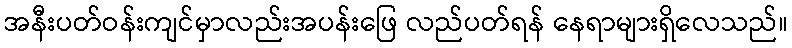
အနီးပတ်ဝန်းကျင်မှာလည်းအပန်းဖြေ လည်ပတ်ရန် နေရာများရှိလေသည်။